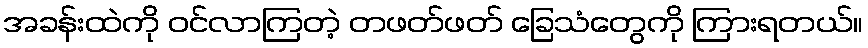
အခန်းထဲကို ဝင်လာကြတဲ့ တဖတ်ဖတ် ခြေသံတွေကို ကြားရတယ်။